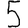
Digit: 5